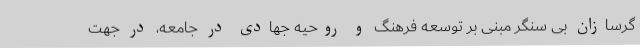
گرسازان بی سنگر مبنی بر توسعه فرهنگ و روحیه جهادی در جامعه، در جهت